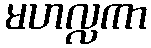
မဟလ္လကာ